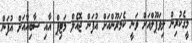
މީގެކުރިން ލިވަޕޫލްއަށް ވަނީ ކެމަރޫންއަށް އުފަން ޖޮއެލް މަޓިޕް އާއި ސާބިއާއަށް އުފަން